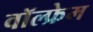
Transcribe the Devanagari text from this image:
वॉल्फ्रेम